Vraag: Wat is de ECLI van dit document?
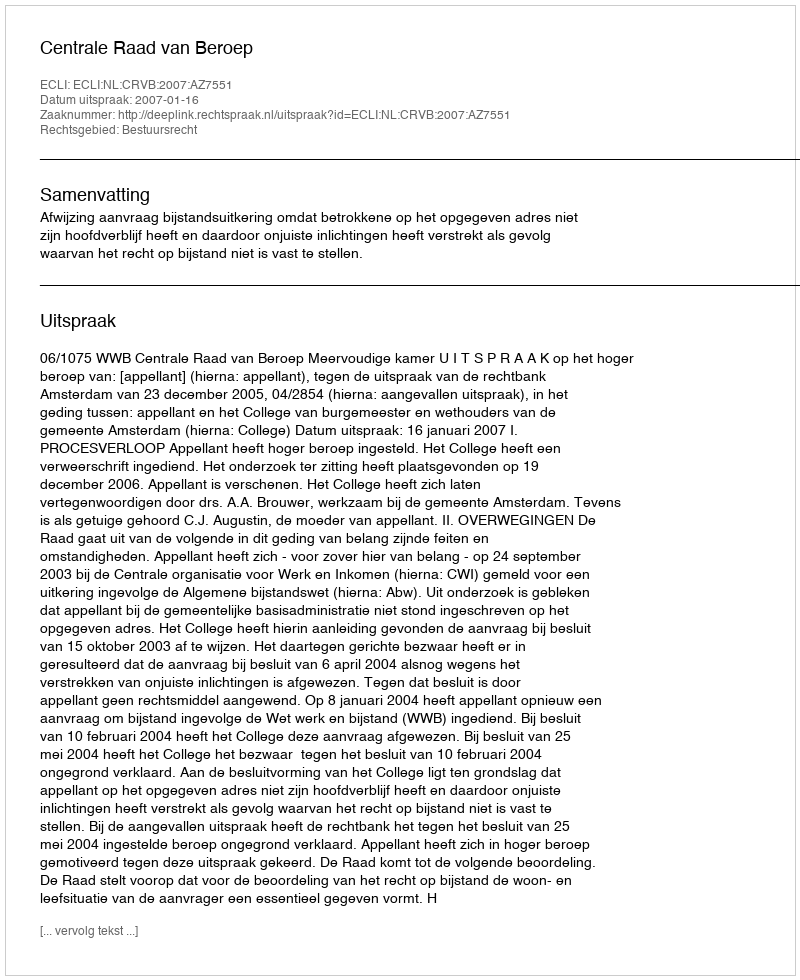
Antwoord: ECLI:NL:CRVB:2007:AZ7551